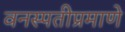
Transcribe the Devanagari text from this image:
वनस्पतीप्रमाणे